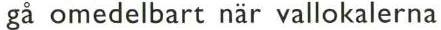
gå omedelbart när vallokalerna